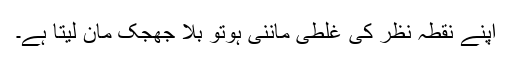
اپنے نقطہ نظر کی غلطی ماننی ہوتو بلا جھجک مان لیتا ہے۔